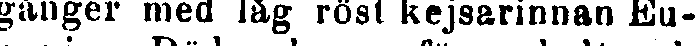
gånger med låg röst kejsarinnan Eu-